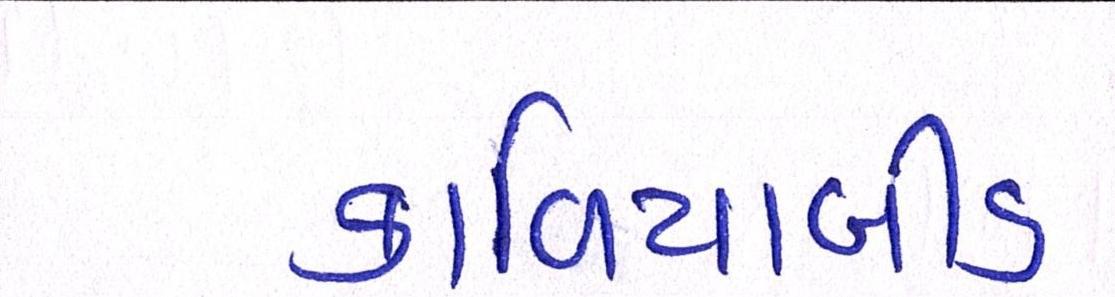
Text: કાળિયાબીડ